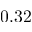
0 . 3 2